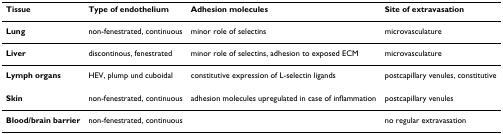
<table><thead><tr><td><b>Tissue</b></td><td><b>Type of endothelium</b></td><td><b>Adhesion molecules</b></td><td><b>Site of extravasation</b></td></tr></thead><tbody><tr><td><b>Lung</b></td><td>non-fenestrated, continuous</td><td>minor role of selectins</td><td>microvasculature</td></tr><tr><td><b>Liver</b></td><td>discontinous, fenestrated</td><td>minor role of selectins, adhesion to exposed ECM</td><td>microvasculature</td></tr><tr><td><b>Lymph organs</b></td><td>HEV, plump und cuboidal</td><td>constitutive expression of L-selectin ligands</td><td>postcapillary venules, constitutive</td></tr><tr><td><b>Skin</b></td><td>non-fenestrated, continuous</td><td>adhesion molecules upregulated in case of inflammation</td><td>postcapillary venules</td></tr><tr><td><b>Blood/brain barrier</b></td><td>non-fenestrated, continuous</td><td></td><td>no regular extravasation</td></tr></tbody></table>